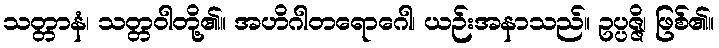
သတ္တာနံ၊ သတ္တဝါတို့၏။ အဟိဂါတရောဂေါ၊ ယဉ်းအနာသည်။ ဥပ္ပဇ္ဇိ၊ ဖြစ်၏။